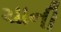
ચાની